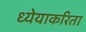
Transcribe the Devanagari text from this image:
ध्येयाकरिता